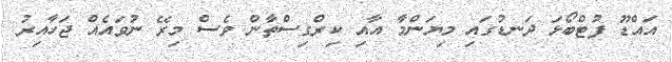
އައްޑޫ ފުޓްބޯޅަ ދަނޑުގައި މިޔަންމާ އާއި ކިރްގިސްތާން ވެސް މިރޭ ނުވައެއް ޖަހާއިރު